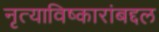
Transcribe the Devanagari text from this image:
नृत्याविष्कारांबद्दल